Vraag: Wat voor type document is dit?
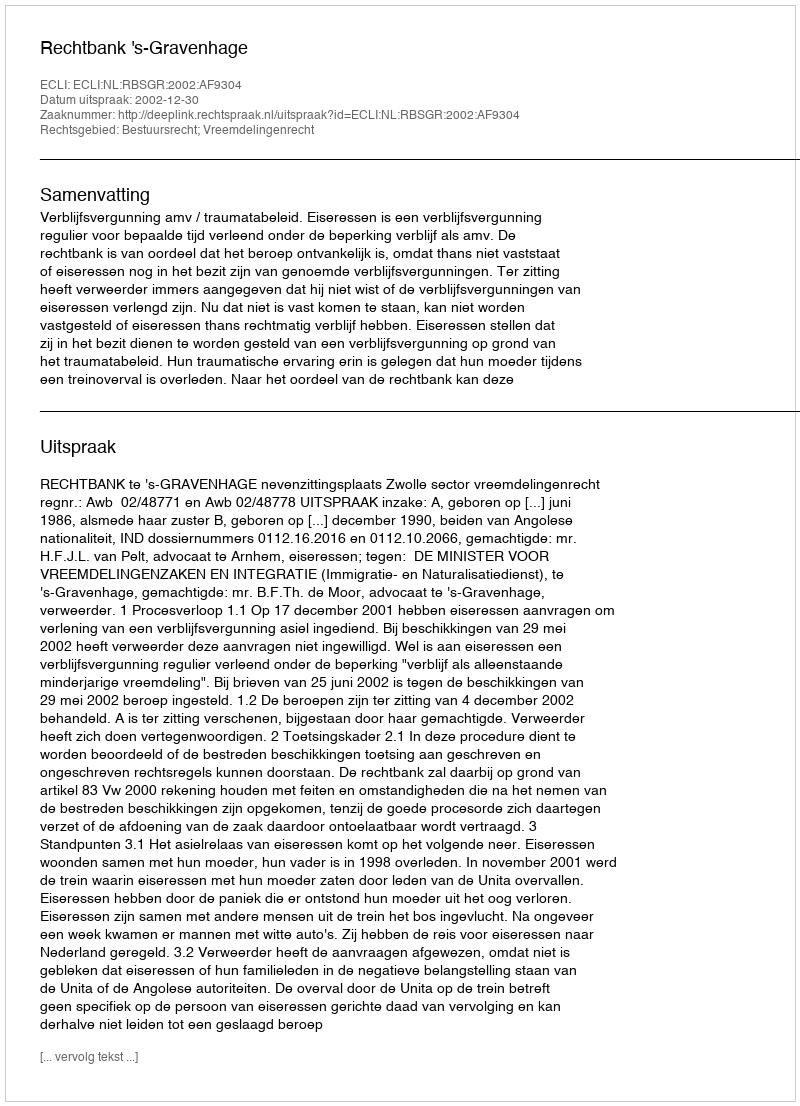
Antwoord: Uitspraak